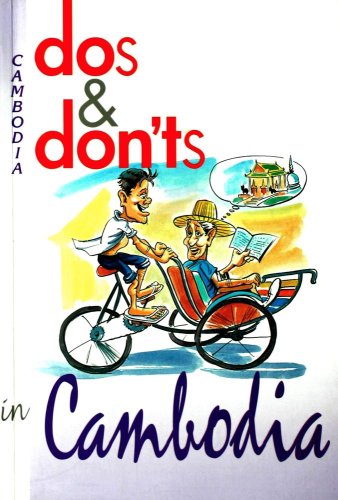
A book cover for Dos & Don'ts in Cambodia; David Hill; Travel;